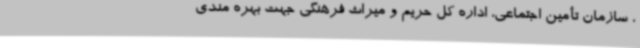
، سازمان تأمین اجتماعی، اداره کل حریم و میراث فرهنگی جهت بهره مندی